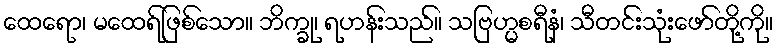
ထေရော၊ မထေရ်ဖြစ်သော။ ဘိက္ခု၊ ရဟန်းသည်။ သဗြဟ္မစရီနံ၊ သီတင်းသုံးဖော်တို့ကို။